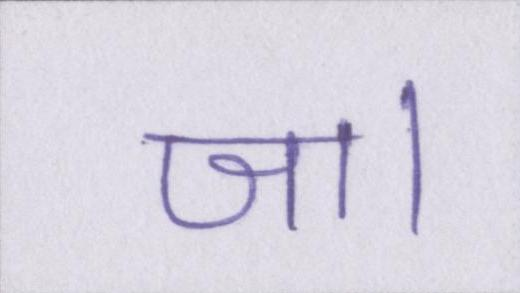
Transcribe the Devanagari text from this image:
जा।